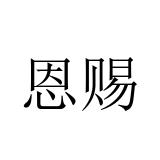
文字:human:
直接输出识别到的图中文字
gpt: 恩赐